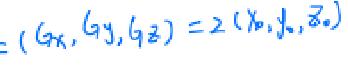
$=(g_x,g_y,g_z)=2(x_0,y_0,z_0)$